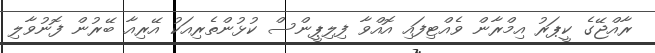
ރާއްޖޭގެ ކީޕަރު އިމްރާން ވެއްޓިފައި އޮއްވާ ފިލިޕީންސް ކުޅުންތެރިއަކު އޭރިއާ ބޭރުން ފޮނުވާލި